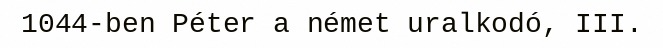
1044-ben Péter a német uralkodó, III.